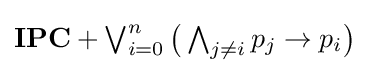
\textstyle \mathbf {IPC} +\bigvee _{i=0}^{n}{\bigl (}\bigwedge _{j\neq i}p_{j}\to p_{i}{\bigr )}